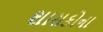
શાસકોના